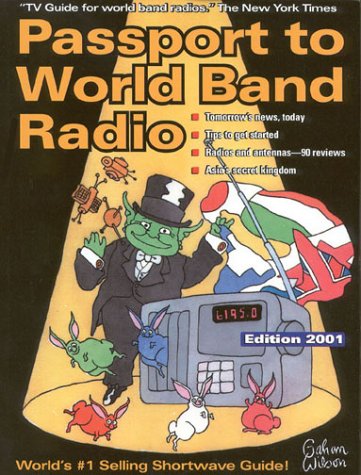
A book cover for Passport to World Band Radio 2001; Lawrence Magne; Humor & Entertainment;